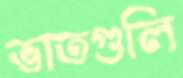
ভাতগুলি